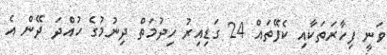
ވަނީ ފިހާރަތަކާއި ކެފޭތައް 24 ގަޑިއިރު ހިދުމަތް ދިނުމުގެ ހުއްދަ ދޭން އެ